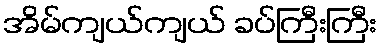
အိမ်ကျယ်ကျယ် ခပ်ကြီးကြီး